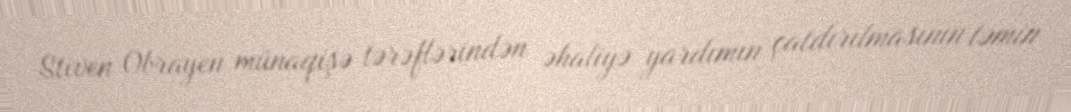
Stiven Obrayen münaqişə tərəflərindən əhaliyə yardımın çatdırılmasının təmin